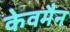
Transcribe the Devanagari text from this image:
केवमैन